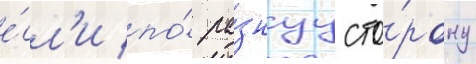
е́сл'и по́ ра́знуу сто́рону